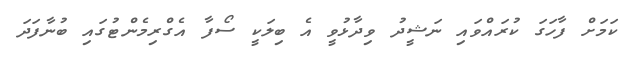
ކަމަށް ފާހަގަ ކުރައްވައި ނަޝީދު ވިދާޅުވީ އެ ބިލަކީ ސޯފާ އެގްރިމެންޓުގައި ބުނާފަދަ